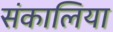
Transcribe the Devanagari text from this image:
संकालिया